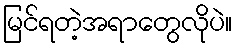
မြင်ရတဲ့အရာတွေလိုပဲ။